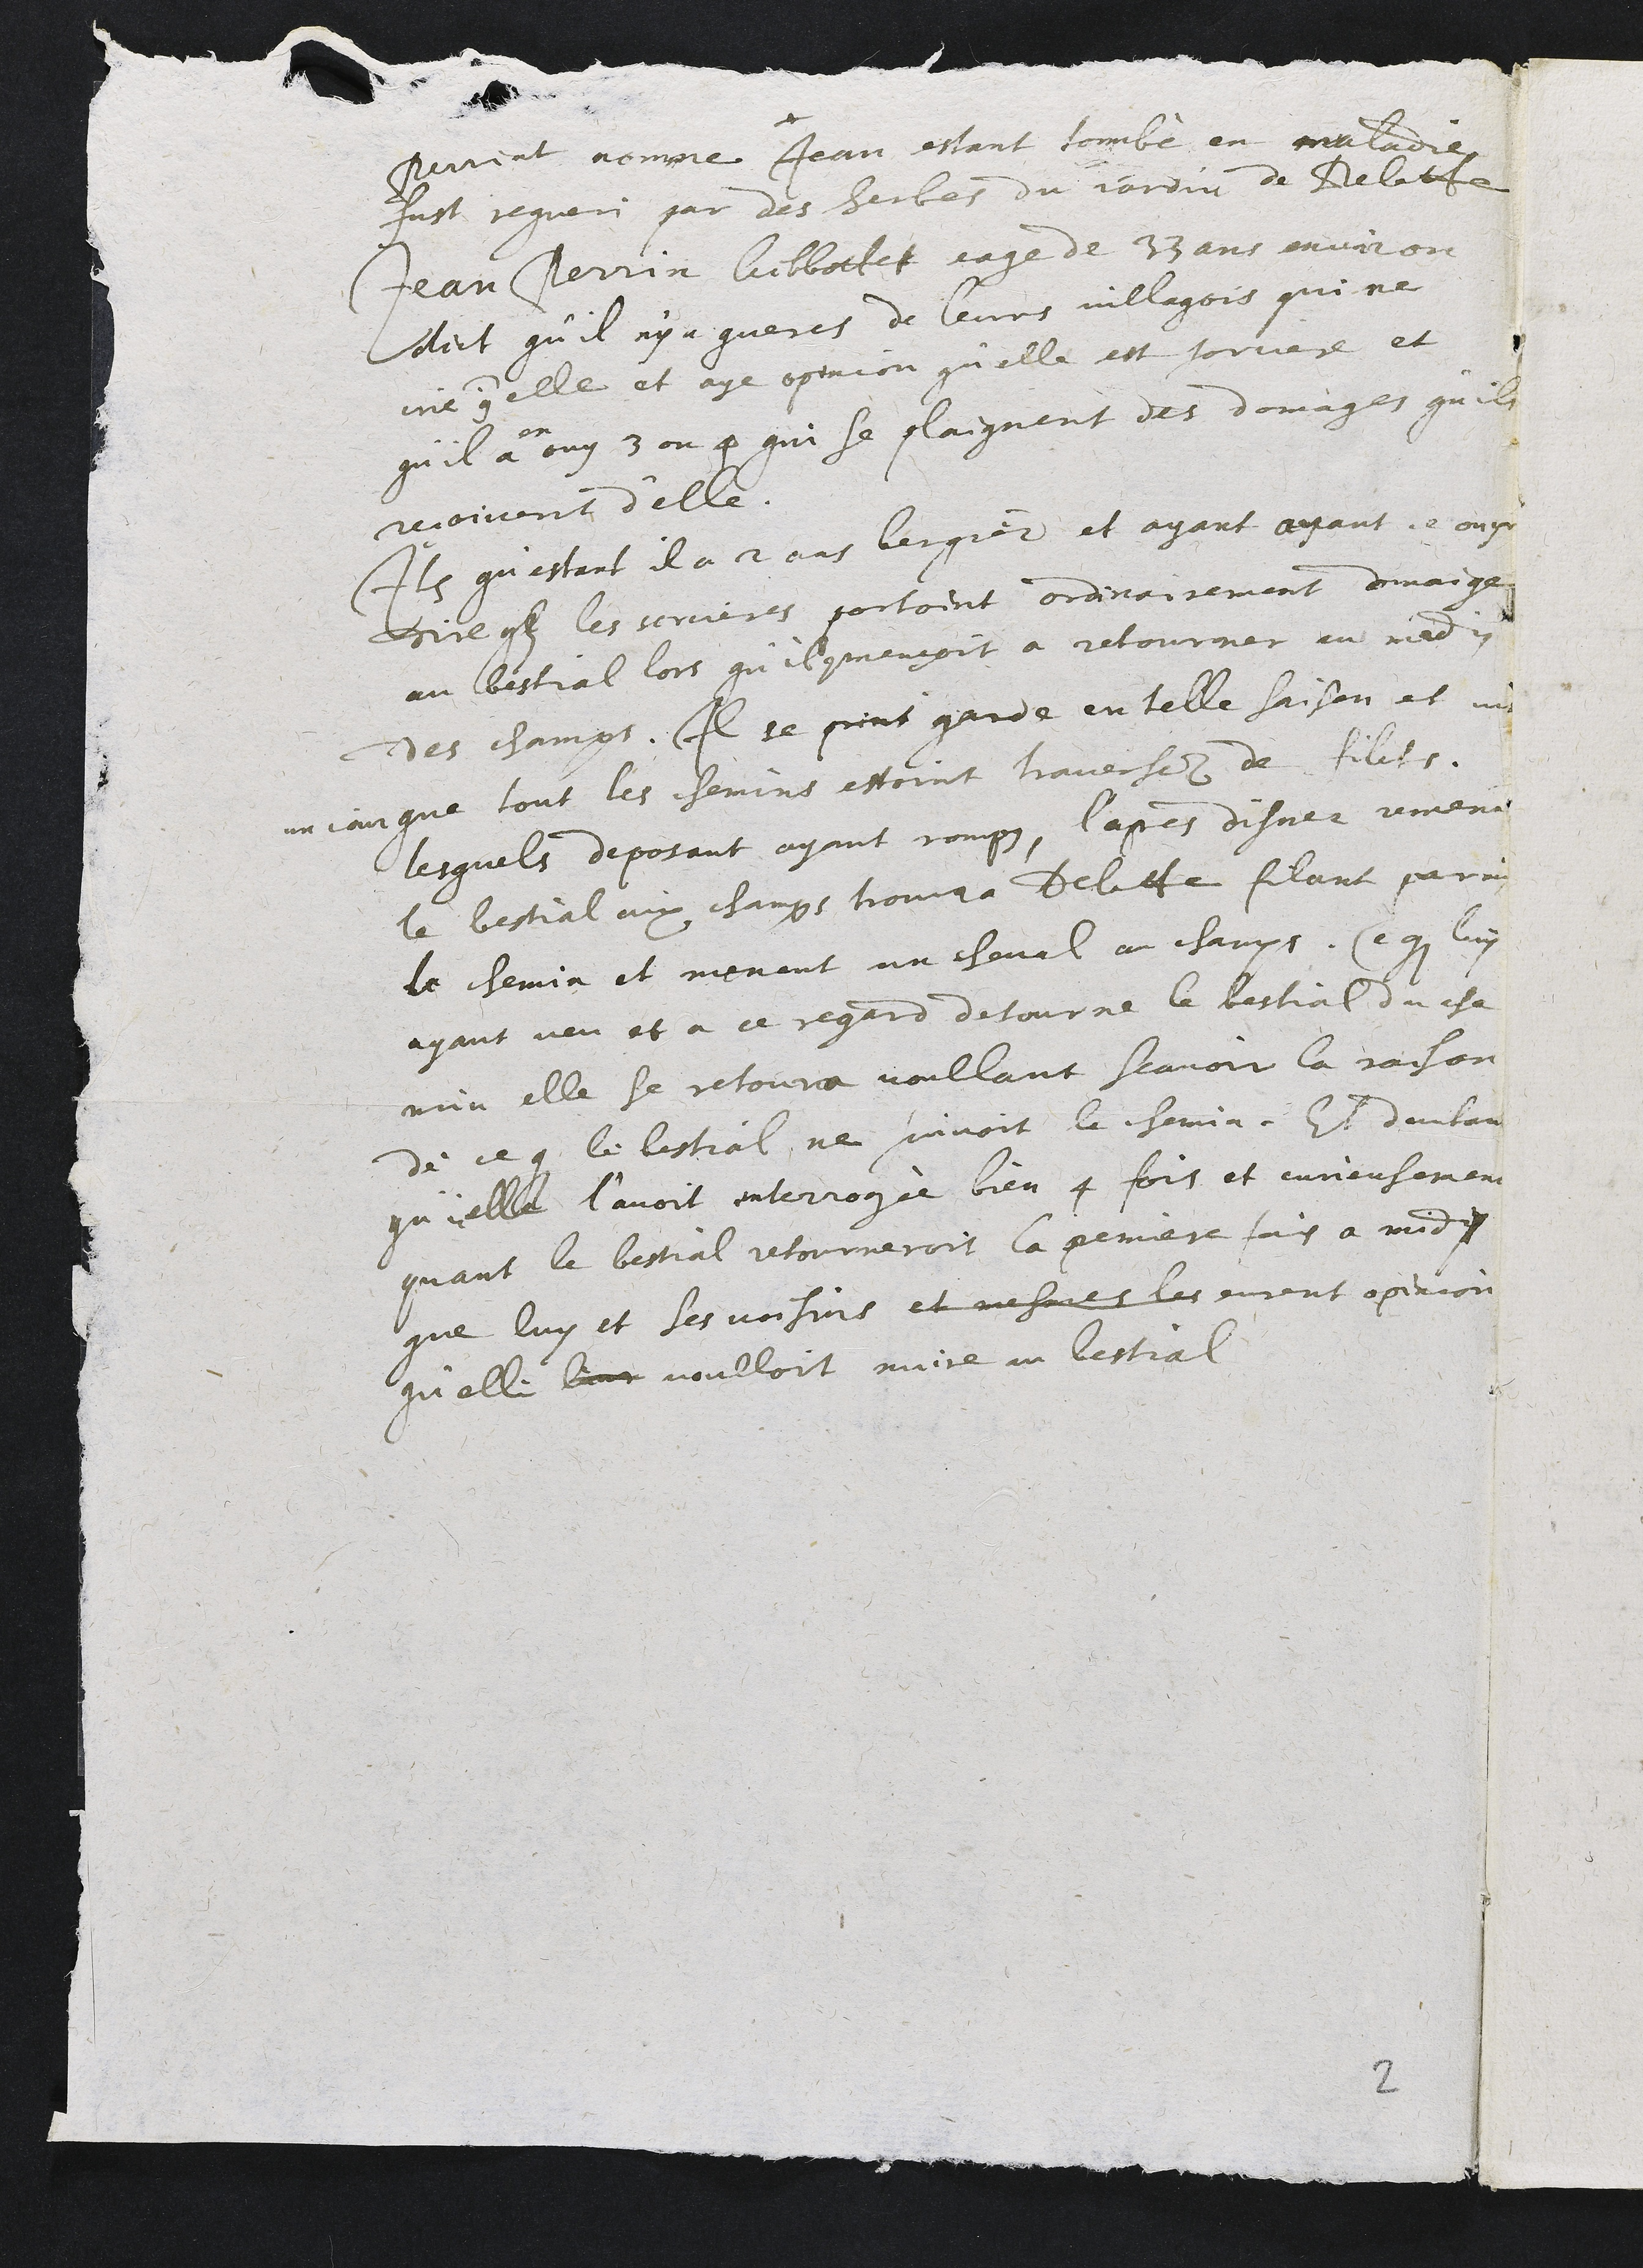
+
Perriat nomme Jean estant tombé en maladie.
fust regueri par des herbes du jardin de Delette,
Jean Perrin Gibbottet eage de 33 ans environ
dict qu’il n’y a gueres de leurs villagois qui ne
crie contre elle et aye opinion qu’elle est sorciere et
qu’il
en
a ouy 3 ou 4 qui se plaignent des domages qu’ils
reçoivent d’elle.
Item qu’estant il a 2 ans bergier et ayant ayant ce ouyr
Dire que les sorcieres portoint ordinairement domaige
au bestial lors qu’il commençoit a retourner au midy
des champs Il se print garde en telle saison et vit
un jour que tout les chemins estoint traversez de filets.
lesquels deposant ayant rompus, l’apres disner remenant
le bestial aux champs trouva Delette filant parmy
le chemin et menant un cheval au champs. Ce que luy
ayant veu et a ce regard detourne le bestial du che
min elle se retourna voullant scavoir la raison
de ce que le bestial ne suivoit le chemin Et dautant
quicelle l’avoit interrogée bien 4 fois et curieusement
quant le bestial retourneroit la premiere fois a midy
que luy et ses voisins et mesmes les eurent opinion
qu’elle leur voulloit nuire au bestial